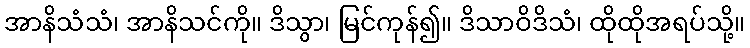
အာနိသံသံ၊ အာနိသင်ကို။ ဒိသွာ၊ မြင်ကုန်၍။ ဒိသာဝိဒိသံ၊ ထိုထိုအရပ်သို့။